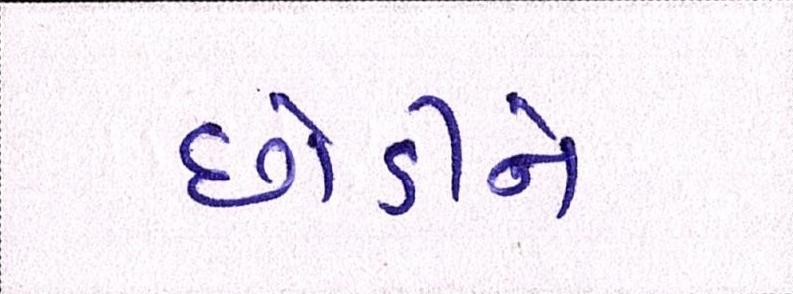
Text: છોડીને